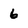
Character: 6